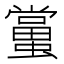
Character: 𧒾